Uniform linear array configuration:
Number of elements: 48
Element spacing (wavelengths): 1
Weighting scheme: kaiser
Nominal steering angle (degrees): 60
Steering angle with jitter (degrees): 58.11
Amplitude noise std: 0.05
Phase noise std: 0.05

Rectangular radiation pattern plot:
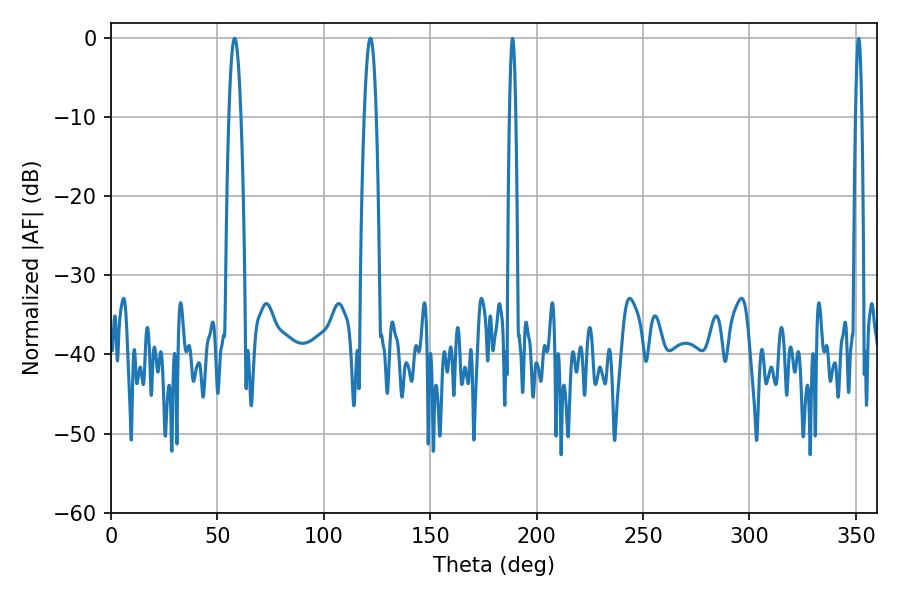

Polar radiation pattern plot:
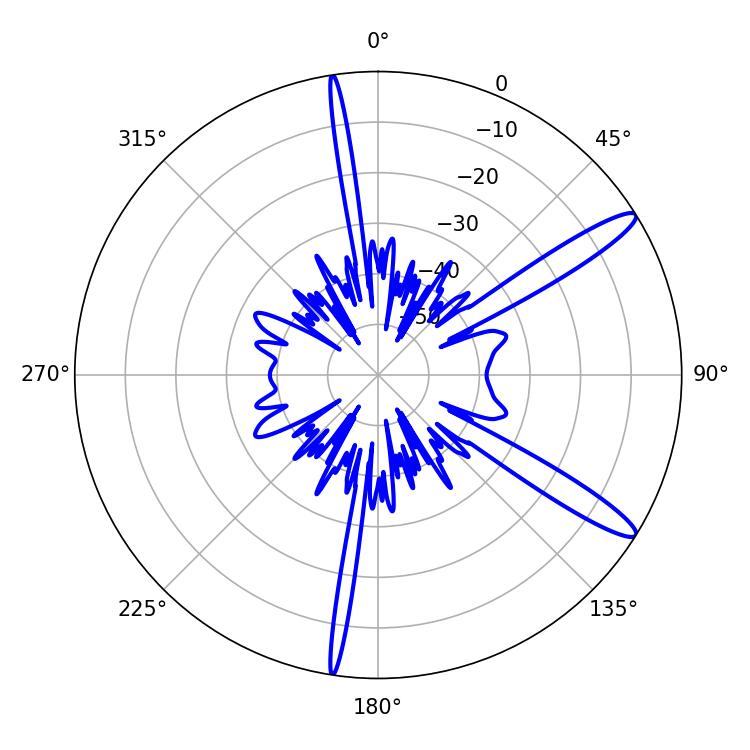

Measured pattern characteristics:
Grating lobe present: TRUE
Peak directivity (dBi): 13.408
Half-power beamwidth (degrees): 3.06
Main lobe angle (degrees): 58.14